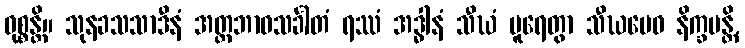
ဝုစ္စန္တိ။ သုနခသသာဒီနံ အတ္တဘာဝသင်္ခါတံ ရဿံ အဒ္ဓါနံ သီဃံ ပူရေတွာ သီဃမေဝ နိက္ခမန္တိ,